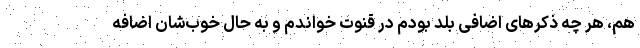
هم، هر چه ذکرهای اضافی بلد بودم در قنوت خواندم و به حال خوب‌شان اضافه